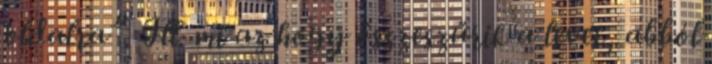
oldalra”. Ill. mi az hogy összeszűrik a levet, abból